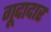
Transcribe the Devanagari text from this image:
गूदादार